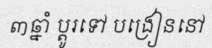
៣ឆ្នាំ ប្តូរទៅ បង្រៀននៅ